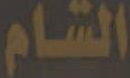
الشام